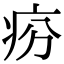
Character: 𤵇